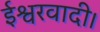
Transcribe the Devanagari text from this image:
ईश्वरवादी।